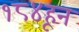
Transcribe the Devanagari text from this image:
१८४हून